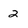
Character: 2